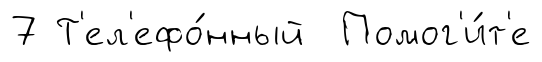
7 Т'ел'ефо́нный Помог'и́т'е